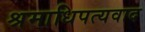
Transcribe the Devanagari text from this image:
श्रमाधिपत्यवाद